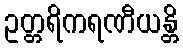
ဥတ္တရိကရဏီယန္တိ